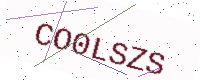
Text: CO0LSZS